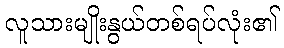
လူသားမျိုးနွယ်တစ်ရပ်လုံး၏